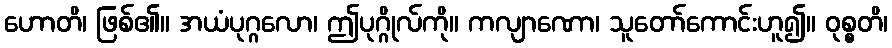
ဟောတိ၊ ဖြစ်၏။ အယံပုဂ္ဂလော၊ ဤပုဂ္ဂိုလ်ကို။ ကလျာဏော၊ သူတော်ကောင်းဟူ၍။ ဝုစ္စတိ၊